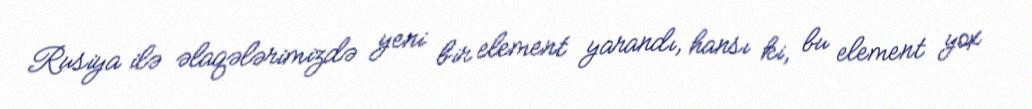
Rusiya ilə əlaqələrimizdə yeni bir element yarandı, hansı ki, bu element yox